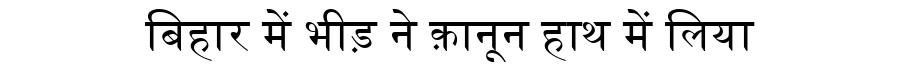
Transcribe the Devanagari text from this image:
बिहार में भीड़ ने क़ानून हाथ में लिया